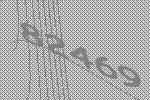
82469